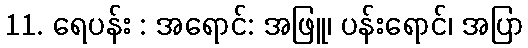
11. ရေပန်း : အရောင်: အဖြူ၊ ပန်းရောင်၊ အပြာ